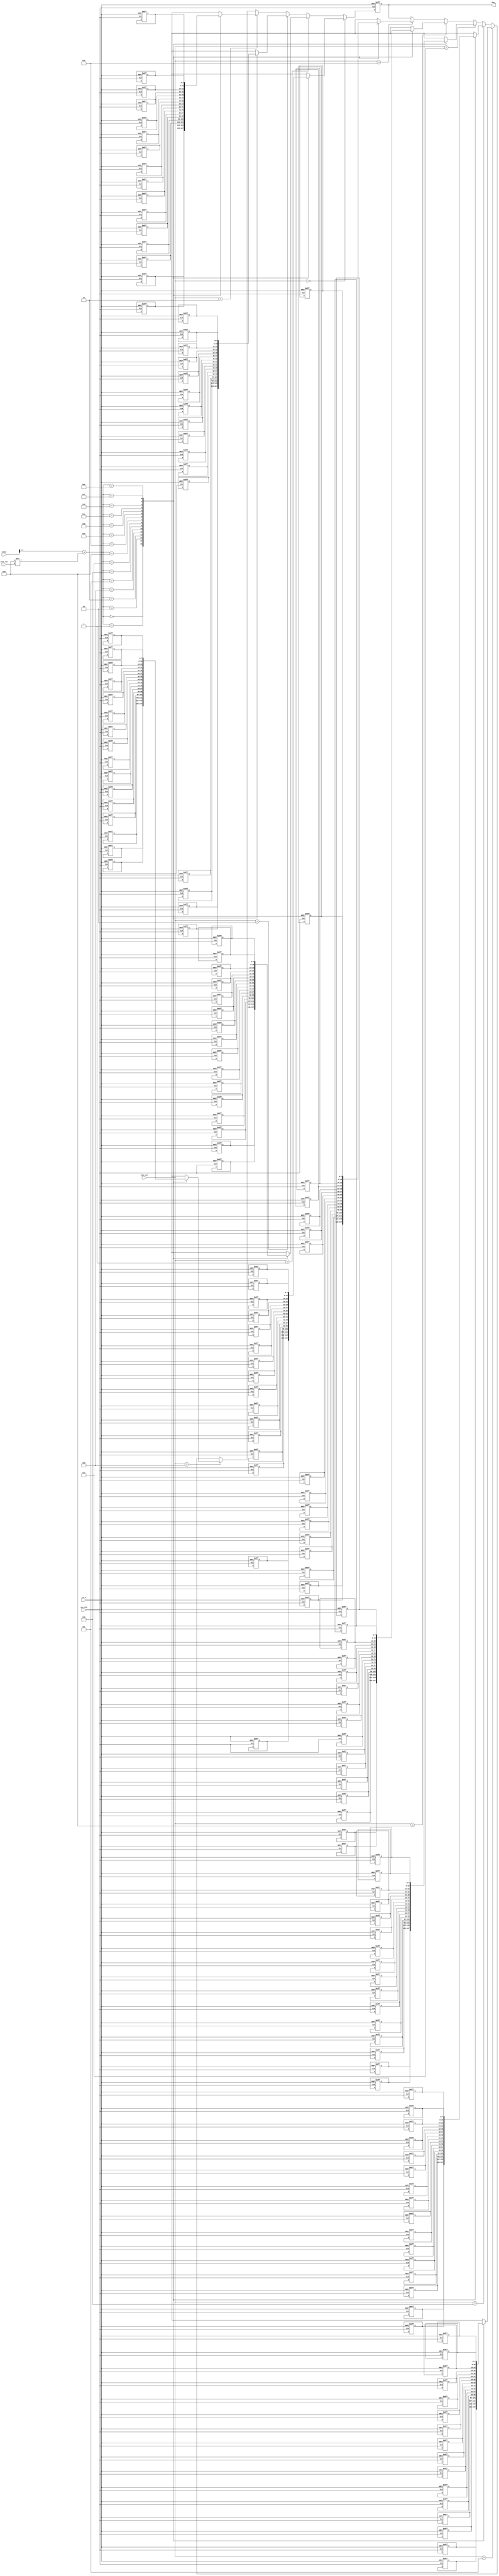
/*0-9*/
module	OLED_NumData(

	input			sys_clk,
	input			rst_n,
	
	input			font_row,
	input[4:0]	font_sel,
	input[4:0]	index,
	
	output reg[7:0]	 data

);




/*0-9*/
reg[7:0]	data0[15:0];
reg[7:0]	data1[15:0];
reg[7:0]	data2[15:0];
reg[7:0]	data3[15:0];
reg[7:0]	data4[15:0];
reg[7:0]	data5[15:0];
reg[7:0]	data6[15:0];
reg[7:0]	data7[15:0];
reg[7:0]	data8[15:0];
reg[7:0]	data9[15:0];


always@(posedge sys_clk or negedge rst_n)
begin
	if(rst_n == 1'b0)
		data <= 'd0;
	else if(font_sel == 'd0)
		data <= data0[index + 'd8 * font_row];
	else if(font_sel == 'd1)
		data <= data1[index + 'd8 * font_row];
	else if(font_sel == 'd2)
		data <= data2[index + 'd8 * font_row];
	else if(font_sel == 'd3)
		data <= data3[index + 'd8 * font_row];
	else if(font_sel == 'd4)
		data <= data4[index + 'd8 * font_row];
	else if(font_sel == 'd5)
		data <= data5[index + 'd8 * font_row];
	else if(font_sel == 'd6)
		data <= data6[index + 'd8 * font_row];
	else if(font_sel == 'd7)
		data <= data7[index + 'd8 * font_row];
	else if(font_sel == 'd8)
		data <= data8[index + 'd8 * font_row];
	else if(font_sel == 'd9)
		data <= data9[index + 'd8 * font_row];
end


always@(posedge sys_clk or negedge rst_n)
begin
	if(rst_n == 1'b0)
	begin
		data0[0] = 8'h00;
		data0[1] = 8'hE0;
		data0[2] = 8'h10;
		data0[3] = 8'h08;
		data0[4] = 8'h08;
		data0[5] = 8'h10;
		data0[6] = 8'hE0;
		data0[7] = 8'h00;
		data0[8] = 8'h00;
		data0[9] = 8'h0F;
		data0[10] = 8'h10;
		data0[11] = 8'h20;
		data0[12] = 8'h20;
		data0[13] = 8'h10;
		data0[14] = 8'h0F;
		data0[15] = 8'h00;
	end


end
always@(posedge sys_clk or negedge rst_n)
begin
	if(rst_n == 1'b0)
	begin
		data1[0] = 8'h00;
		data1[1] = 8'h00;
		data1[2] = 8'h10;
		data1[3] = 8'h10;
		data1[4] = 8'hF8;
		data1[5] = 8'h00;
		data1[6] = 8'h00;
		data1[7] = 8'h00;
		data1[8] = 8'h00;
		data1[9] = 8'h00;
		data1[10] = 8'h20;
		data1[11] = 8'h20;
		data1[12] = 8'h3F;
		data1[13] = 8'h20;
		data1[14] = 8'h20;
		data1[15] = 8'h00;
	end


end
always@(posedge sys_clk or negedge rst_n)
begin
	if(rst_n == 1'b0)
	begin
		data2[0] = 8'h00;
		data2[1] = 8'h70;
		data2[2] = 8'h08;
		data2[3] = 8'h08;
		data2[4] = 8'h08;
		data2[5] = 8'h08;
		data2[6] = 8'hF0;
		data2[7] = 8'h00;
		data2[8] = 8'h00;
		data2[9] = 8'h30;
		data2[10] = 8'h28;
		data2[11] = 8'h24;
		data2[12] = 8'h22;
		data2[13] = 8'h21;
		data2[14] = 8'h30;
		data2[15] = 8'h00;
	end


end
always@(posedge sys_clk or negedge rst_n)
begin
	if(rst_n == 1'b0)
	begin
		data3[0] = 8'h00;
		data3[1] = 8'h30;
		data3[2] = 8'h08;
		data3[3] = 8'h08;
		data3[4] = 8'h08;
		data3[5] = 8'h88;
		data3[6] = 8'h70;
		data3[7] = 8'h00;
		data3[8] = 8'h00;
		data3[9] = 8'h18;
		data3[10] = 8'h20;
		data3[11] = 8'h21;
		data3[12] = 8'h21;
		data3[13] = 8'h22;
		data3[14] = 8'h1C;
		data3[15] = 8'h00;
	end


end
always@(posedge sys_clk or negedge rst_n)
begin
	if(rst_n == 1'b0)
	begin
		data4[0] = 8'h00;
		data4[1] = 8'h00;
		data4[2] = 8'h80;
		data4[3] = 8'h40;
		data4[4] = 8'h30;
		data4[5] = 8'hF8;
		data4[6] = 8'h00;
		data4[7] = 8'h00;
		data4[8] = 8'h00;
		data4[9] = 8'h06;
		data4[10] = 8'h05;
		data4[11] = 8'h24;
		data4[12] = 8'h24;
		data4[13] = 8'h3F;
		data4[14] = 8'h24;
		data4[15] = 8'h24;
	end


end
always@(posedge sys_clk or negedge rst_n)
begin
	if(rst_n == 1'b0)
	begin
		data5[0] = 8'h00;
		data5[1] = 8'hF8;
		data5[2] = 8'h88;
		data5[3] = 8'h88;
		data5[4] = 8'h88;
		data5[5] = 8'h08;
		data5[6] = 8'h08;
		data5[7] = 8'h00;
		data5[8] = 8'h00;
		data5[9] = 8'h19;
		data5[10] = 8'h20;
		data5[11] = 8'h20;
		data5[12] = 8'h20;
		data5[13] = 8'h11;
		data5[14] = 8'h0E;
		data5[15] = 8'h00;
	end


end
always@(posedge sys_clk or negedge rst_n)
begin
	if(rst_n == 1'b0)
	begin
		data6[0] = 8'h00;
		data6[1] = 8'hE0;
		data6[2] = 8'h10;
		data6[3] = 8'h88;
		data6[4] = 8'h88;
		data6[5] = 8'h90;
		data6[6] = 8'h00;
		data6[7] = 8'h00;
		data6[8] = 8'h00;
		data6[9] = 8'h0F;
		data6[10] = 8'h11;
		data6[11] = 8'h20;
		data6[12] = 8'h20;
		data6[13] = 8'h20;
		data6[14] = 8'h1F;
		data6[15] = 8'h00;
	end


end
always@(posedge sys_clk or negedge rst_n)
begin
	if(rst_n == 1'b0)
	begin
		data7[0] = 8'h00;
		data7[1] = 8'h18;
		data7[2] = 8'h08;
		data7[3] = 8'h08;
		data7[4] = 8'h88;
		data7[5] = 8'h68;
		data7[6] = 8'h18;
		data7[7] = 8'h00;
		data7[8] = 8'h00;
		data7[9] = 8'h00;
		data7[10] = 8'h00;
		data7[11] = 8'h3E;
		data7[12] = 8'h01;
		data7[13] = 8'h00;
		data7[14] = 8'h00;
		data7[15] = 8'h00;
	end


end
always@(posedge sys_clk or negedge rst_n)
begin
	if(rst_n == 1'b0)
	begin
		data8[0] = 8'h00;
		data8[1] = 8'h70;
		data8[2] = 8'h88;
		data8[3] = 8'h08;
		data8[4] = 8'h08;
		data8[5] = 8'h88;
		data8[6] = 8'h70;
		data8[7] = 8'h00;
		data8[8] = 8'h00;
		data8[9] = 8'h1C;
		data8[10] = 8'h22;
		data8[11] = 8'h21;
		data8[12] = 8'h21;
		data8[13] = 8'h22;
		data8[14] = 8'h1C;
		data8[15] = 8'h00;
	end


end
always@(posedge sys_clk or negedge rst_n)
begin
	if(rst_n == 1'b0)
	begin
		data9[0] = 8'h00;
		data9[1] = 8'hF0;
		data9[2] = 8'h08;
		data9[3] = 8'h08;
		data9[4] = 8'h08;
		data9[5] = 8'h10;
		data9[6] = 8'hE0;
		data9[7] = 8'h00;
		data9[8] = 8'h00;
		data9[9] = 8'h01;
		data9[10] = 8'h12;
		data9[11] = 8'h22;
		data9[12] = 8'h22;
		data9[13] = 8'h11;
		data9[14] = 8'h0F;
		data9[15] = 8'h00;
	end


end
endmodule